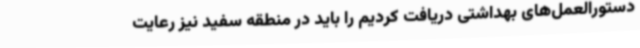
دستورالعمل‌های بهداشتی دریافت کردیم را باید در منطقه سفید نیز رعایت